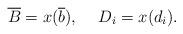
LaTeX: \begin{align*}\overline{B}=x(\overline{b}),\hspace{5mm}D_i=x(d_i).\end{align*}